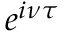
e ^ { i \nu \tau }